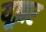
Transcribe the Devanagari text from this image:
यूझर